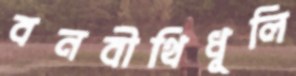
বনবীথিধূলি